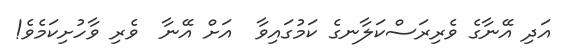
އަދި އޭނާގެ ވެރިރަސްކަލާނގެ ކަމުގައިވާ  އަށް އޭނާ  ވެރި ވާހުށިކަމެވެ!